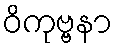
ဝိကုဗ္ဗနာ